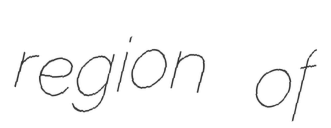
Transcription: region of